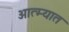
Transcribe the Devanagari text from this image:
आत्म्यात